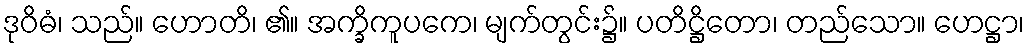
ဒုဝိဓံ၊ သည်။ ဟောတိ၊ ၏။ အက္ခိကူပကေ၊ မျက်တွင်း၌။ ပတိဋ္ဌိတော၊ တည်သော။ ဟေဋ္ဌာ၊